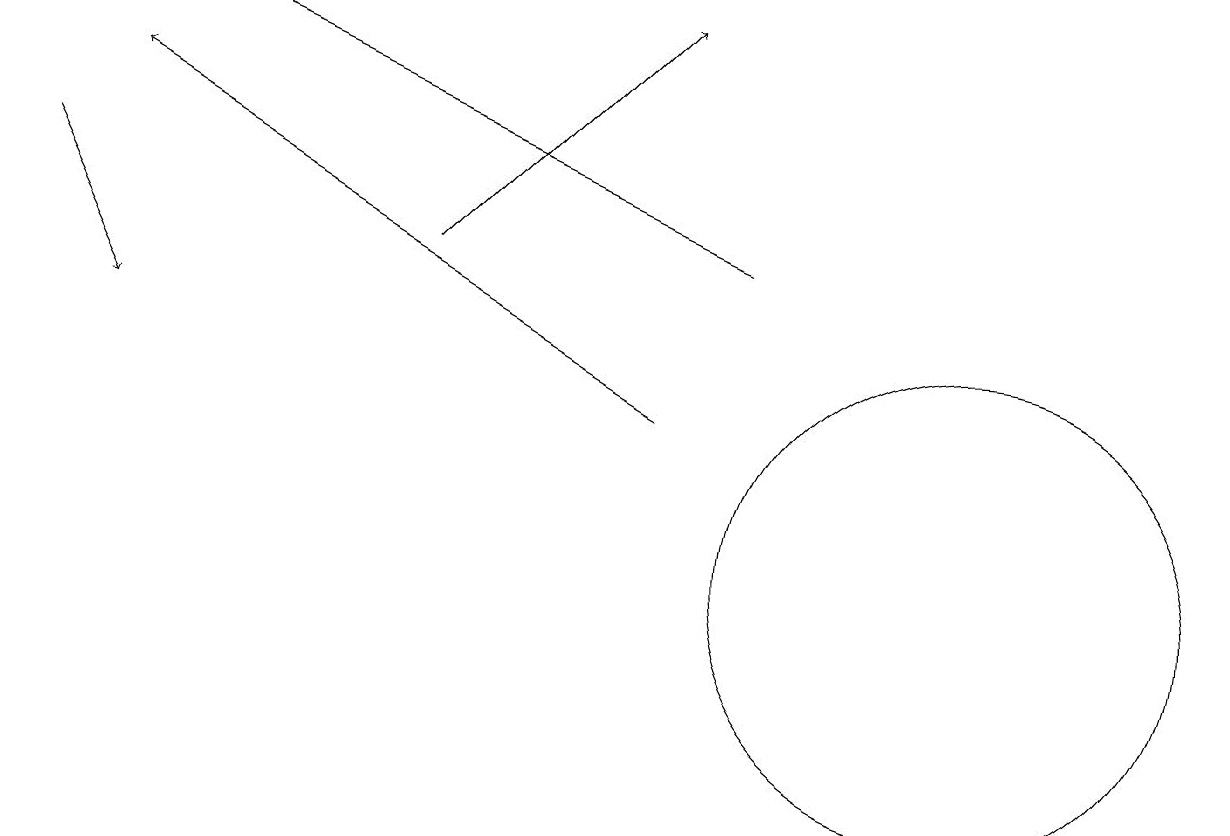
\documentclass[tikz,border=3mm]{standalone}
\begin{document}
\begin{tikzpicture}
\draw[->] (8,13) -- (1,17);
\draw[->] (0,16) -- (1,14);
\draw (12,11) circle (3);
\draw[->] (5,15) -- (8,18);
\draw (11,10) circle (0);
\draw[->] (9,15) -- (2,18);
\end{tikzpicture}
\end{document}